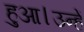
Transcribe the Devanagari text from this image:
हुआ।उन्हें